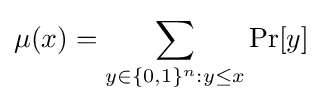
\mu (x)=\sum \limits _{y\in \{0,1\}^{n}:y\leq x}\Pr[y]